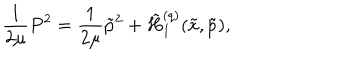
\frac { 1 } { 2 \mu } P ^ { 2 } = \frac { 1 } { 2 \mu } \tilde { p } ^ { 2 } + \tilde { H } _ { I } ^ { ( q ) } ( \tilde { x } , \tilde { p } ) ,